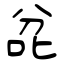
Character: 兺